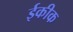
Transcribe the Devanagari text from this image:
ईकीक